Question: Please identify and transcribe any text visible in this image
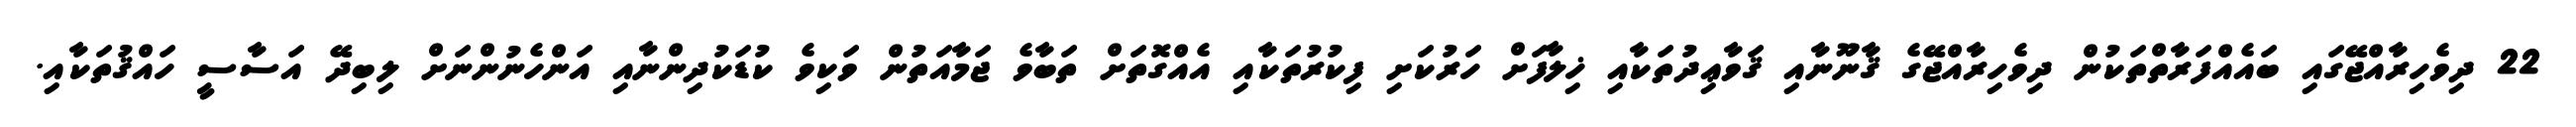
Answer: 22 ދިވެހިރާއްޖޭގައި ބައެއްފަރާތްތަކުން ދިވެހިރާއްޖޭގެ ޤާނޫނާއި ޤަވާޢިދުތަކާއި ޚިލާފަށް ހަރުކަށި ފިކުރުތަކާއި އެއްގޮތަށް ތަބާވެ ޖަމާއަތުން ވަކިވެ ކުޑަކުދިންނާއި އަންހެނުންނަށް ލިބިދޭ އަސާސީ ހައްޤުތަކާއި.